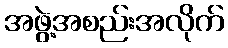
အဖွဲ့အစည်းအလိုက်